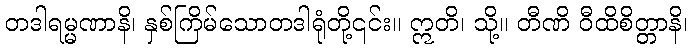
တဒါရမ္မဏာနိ၊ နှစ်ကြိမ်သောတဒါရုံတို့၎င်း။ ဣတိ၊ သို့။ တီဏိ ဝီထိစိတ္တာနိ၊